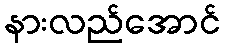
နားလည်အောင်